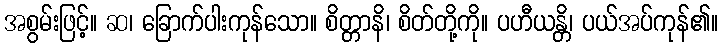
အစွမ်းဖြင့်။ ဆ၊ ခြောက်ပါးကုန်သော။ စိတ္တာနိ၊ စိတ်တို့ကို။ ပဟီယန္တိ၊ ပယ်အပ်ကုန်၏။